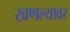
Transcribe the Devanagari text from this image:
खणल्यावर